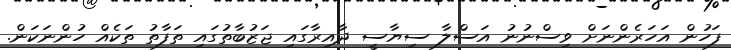
ފަހުން އަހަރެންނަށް ވިސްނުނު އަސްލާ ސިޔާސީ ދާއިރާގައި ޖަޒުބާތުގައި ތަފާތު ތަކެއް ހުންނަކަން.